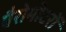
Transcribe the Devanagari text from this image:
बैरोमीटरों